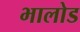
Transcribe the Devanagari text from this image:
भालोड